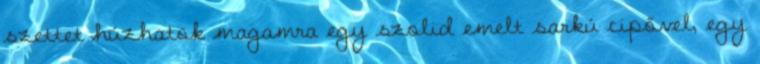
szettet húzhatok magamra egy szolid emelt sarkú cipővel, egy